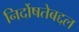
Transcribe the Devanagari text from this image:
निर्दोषतेबद्दल